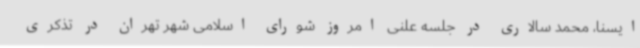
ایسنا، محمد سالاری در جلسه علنی امروز شورای اسلامی شهر تهران در تذکری